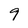
Character: 9